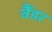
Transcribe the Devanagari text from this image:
वैंडर